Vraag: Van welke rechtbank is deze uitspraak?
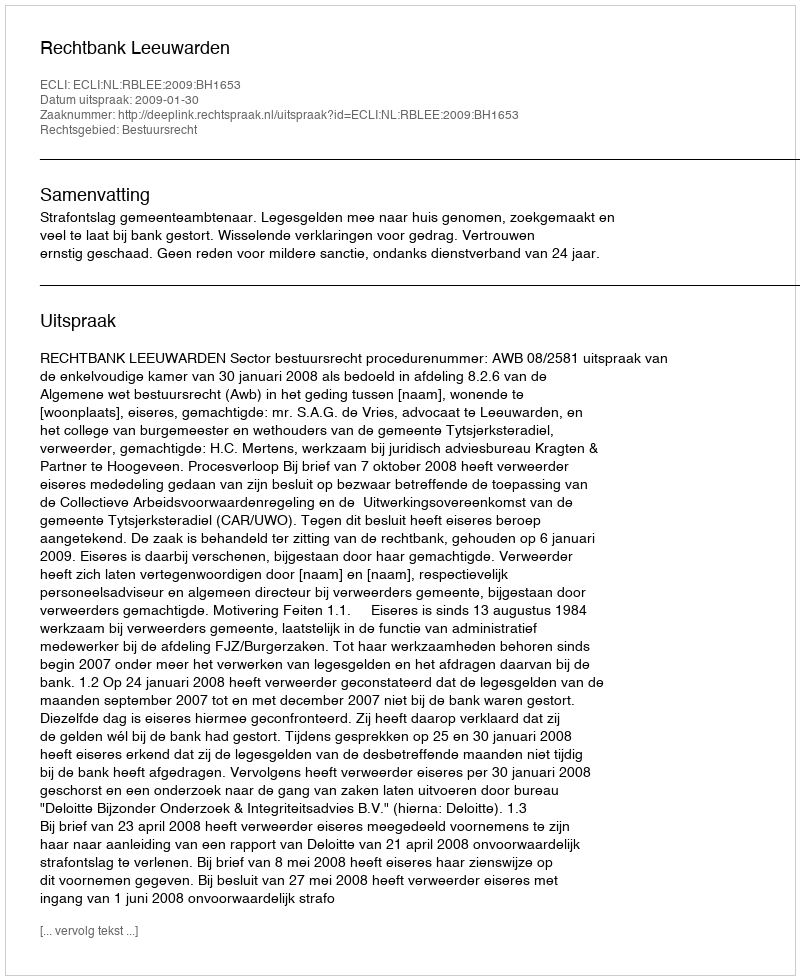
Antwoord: Rechtbank Leeuwarden